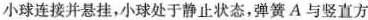
小球连接并悬挂，小球处于静止状态，弹簧A与竖直方